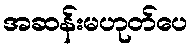
အဆန်းမဟုတ်ပေ